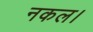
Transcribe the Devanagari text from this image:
नकल।